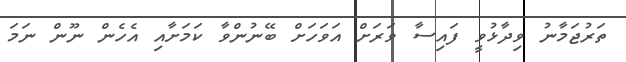
ތަރުޖަމާނު ވިދާޅުވީ ފައިސާ ވަރަށް އަވަހަށް ބޭނުންވާ ކަމަށާއި އެހެން ނޫން ނަމަ